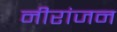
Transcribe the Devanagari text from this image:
नीरांजन